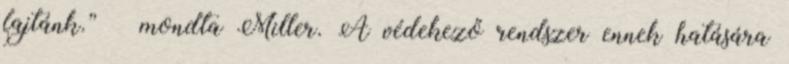
fajtánk.” – mondta Miller. A védekező rendszer ennek hatására